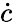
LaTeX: \dot{c}